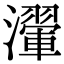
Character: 瀈